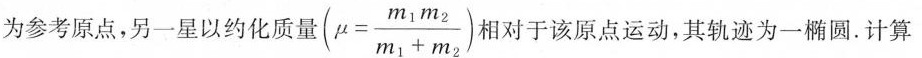
为参考原点，另-星以约化质量 $$(\mu = \frac{m_{1}m_{2}}{m_{1}+m_{2}})$$ 相对于该原点运动，其轨迹为一椭圆.计算